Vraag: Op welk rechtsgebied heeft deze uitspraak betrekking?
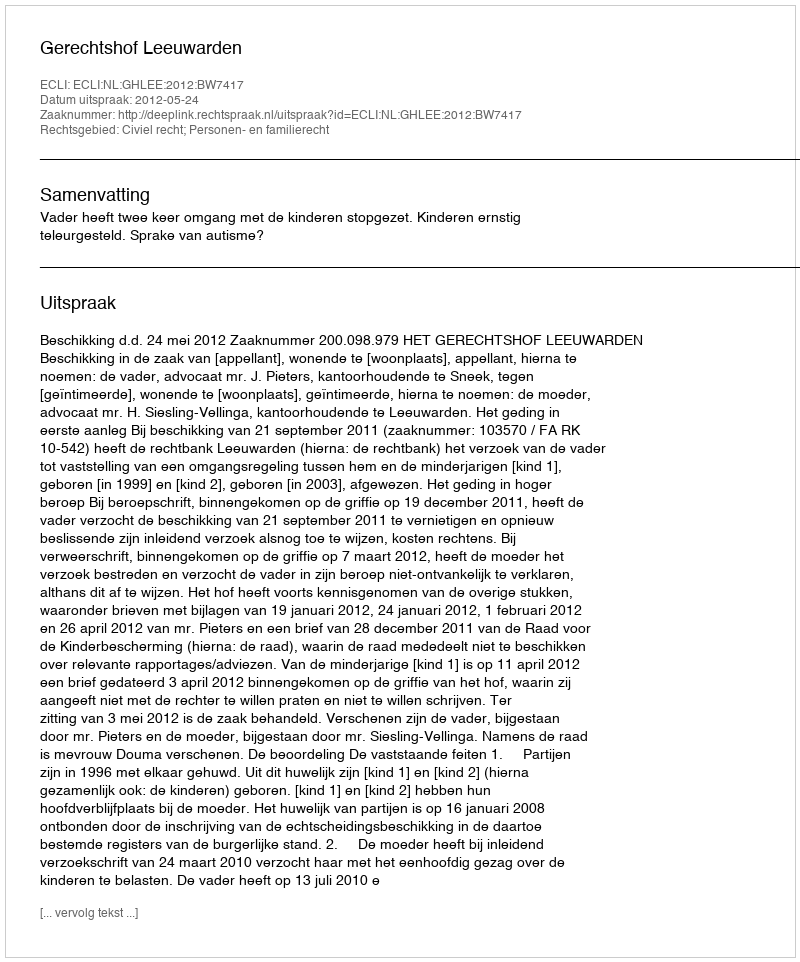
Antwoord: Civiel recht; Personen- en familierecht